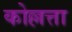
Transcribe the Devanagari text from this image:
कोल्लत्ता